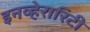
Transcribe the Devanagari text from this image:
इनव्हेरारिटी